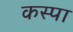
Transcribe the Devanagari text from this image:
कस्पा